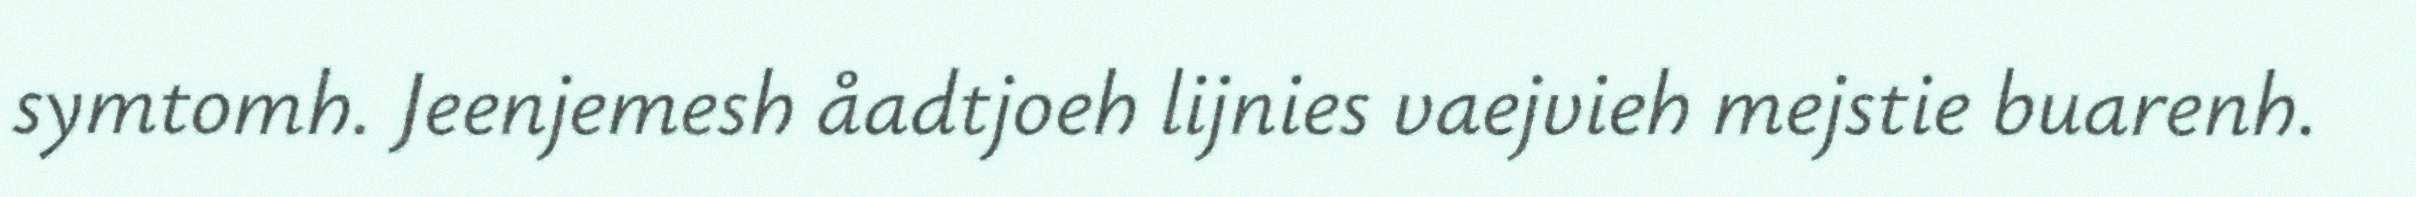
symtomh. Jeenjemesh åadtjoeh lijnies vaejvieh mejstie buarenh.